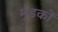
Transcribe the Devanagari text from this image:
मुंडकों